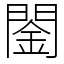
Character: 䦦